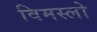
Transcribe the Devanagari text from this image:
विमस्लो